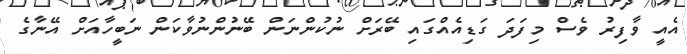
އެއީ ވާފިރު ވެސް މިފަދަ ގަޑިއެއްގައި ބޭރަށް ނުކުންނަން ބޭނުންނުވާކަން ނަބީހާއަށް އޭނާގެ